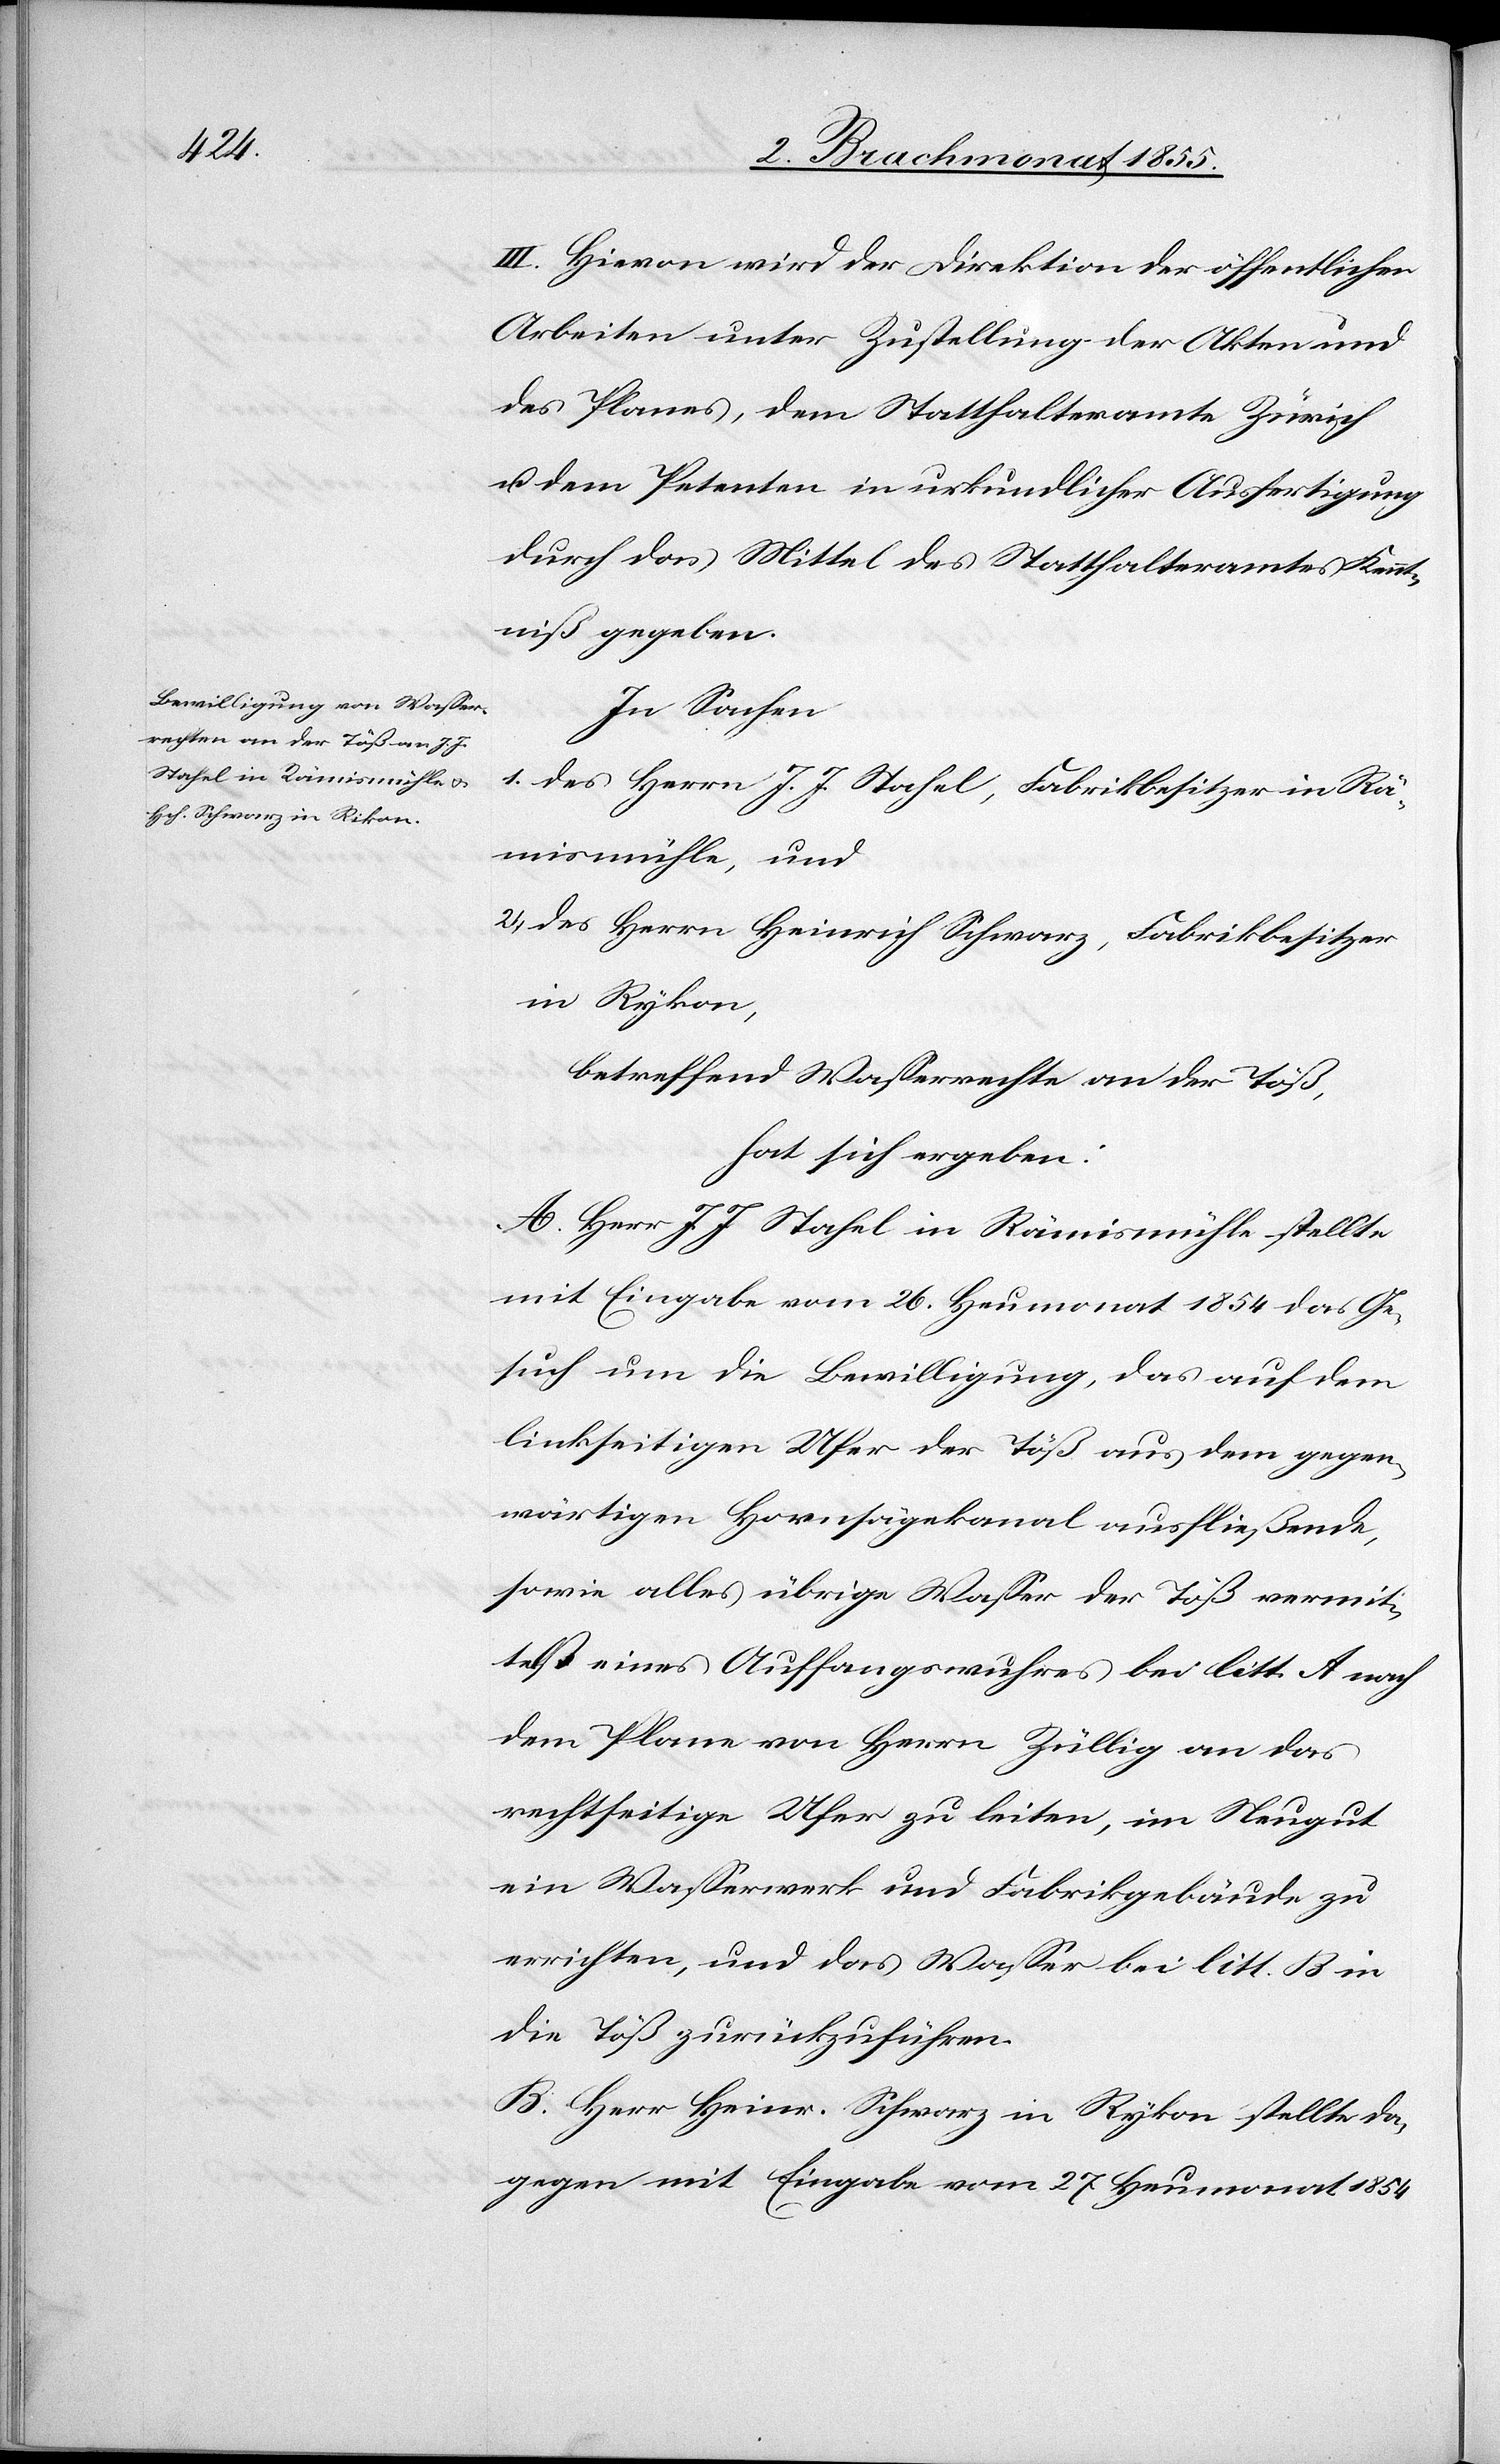
III. Hievon wird der Direktion der öffentlichen
Arbeiten unter Zustellung der Akten und
des Planes, dem Statthalteramte Zürich
u. dem Petenten in urkundlicher Ausfertigung
durch das Mittel des Statthalteramtes Kennt¬
niß gegeben.
In Sachen
1. des Herrn J. J. Stahel, Fabrikbesitzer in Rä¬
mismühle, und
2. des Herrn Heinrich Schwarz, Fabrikbesitzer
in Rykon,
betreffend Wasserrechte an der Töß,
hat sich ergeben:
A. Herr J. J. Stahel in Rämismühle stellte
mit Eingabe vom 26. Heumonat 1854 das Ge¬
such um die Bewilligung, das auf dem
linkseitigen Ufer der Töß aus dem gegen¬
wärtigen Hornsägekanal ausfließende,
sowie alles übrige Wasser der Töß vermit¬
telst eines Auffangswuhres bei litt. A nach
dem Plane von Herrn Züllig an das
rechtseitige Ufer zu leiten, im Neugut
ein Wasserwerk und Fabrikgebäude zu
errichten, und das Wasser bei litt. B in
die Töß zurückzuführen.
B. Herr Heinr. Schwarz in Rykon stellte da¬
gegen mit Eingabe vom 27. Heumonat 1854